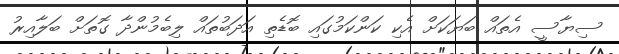
ސިޔާސީ އެތައް ބަޔަކަށް އެކި ކަންކަމުގައި ބޮޑެތި އަދަބުތައް ލިބެމުންދާ ގޮތަށް ބަލާއިރު